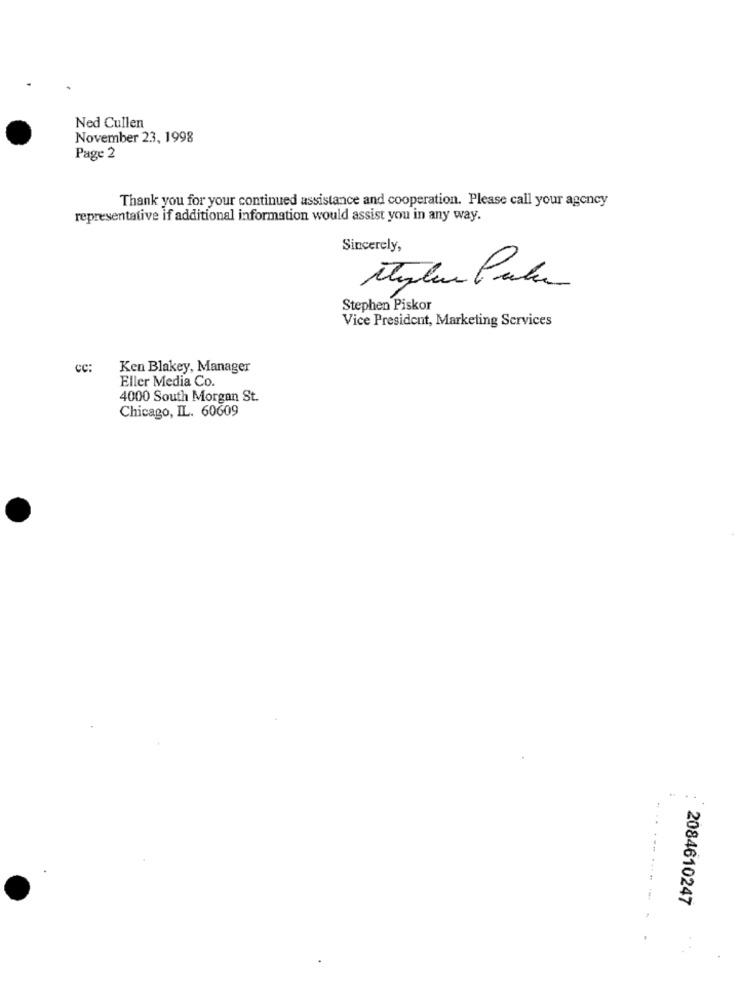
Ned Cullen
November 23, 1998
Page 2
Thank you for your continued assistance and cooperation. Please call your agency
representative if additional information would assist you in any way.
Sincerely,
Stephen Piskor
Vice President, Marketing Services
cc:
Ken Blakey, Manager
Eller Media Co.
4000 South Morgan St.
Chicago, IL. 60609
2084610247